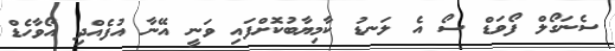
ސެނަގޯލް ފޯވަޑް ސޯ އެ ލަނޑު ކާމިޔާބުކޮށްފައި ވަނީ އޭނާ އުފެއްދި އޯވާހެޑް